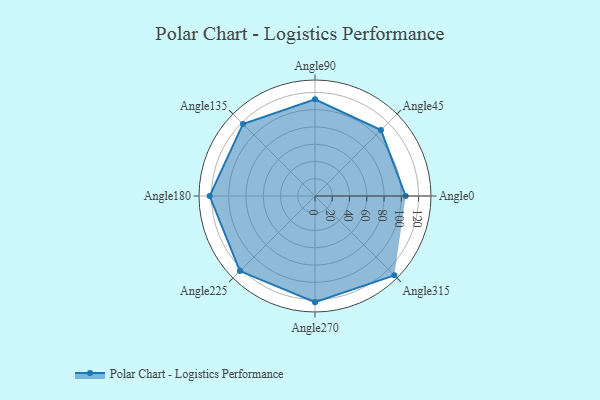
{"axis": {"x": "Angle", "y": "Radius"}, "legend": [""], "data": [{"x": "Angle0", "y": 105.0, "type": ""}, {"x": "Angle45", "y": 108.0, "type": ""}, {"x": "Angle90", "y": 112.0, "type": ""}, {"x": "Angle135", "y": 118.0, "type": ""}, {"x": "Angle180", "y": 122.0, "type": ""}, {"x": "Angle225", "y": 123.0, "type": ""}, {"x": "Angle270", "y": 123.0, "type": ""}, {"x": "Angle315", "y": 130.0, "type": ""}]}